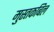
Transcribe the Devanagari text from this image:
मुस्तकबिल